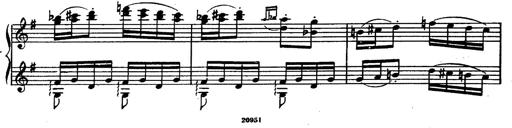
Title: Magyar rapszÃ³diÃ¡k
Composer: Franz Liszt